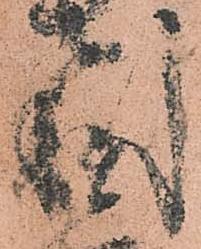
利